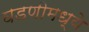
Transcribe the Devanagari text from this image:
घडणीमध्ये